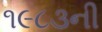
૧૯૮૩ની